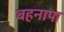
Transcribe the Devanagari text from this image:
बहनापा